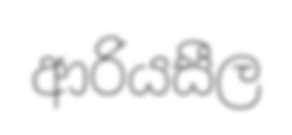
ආරියසීල